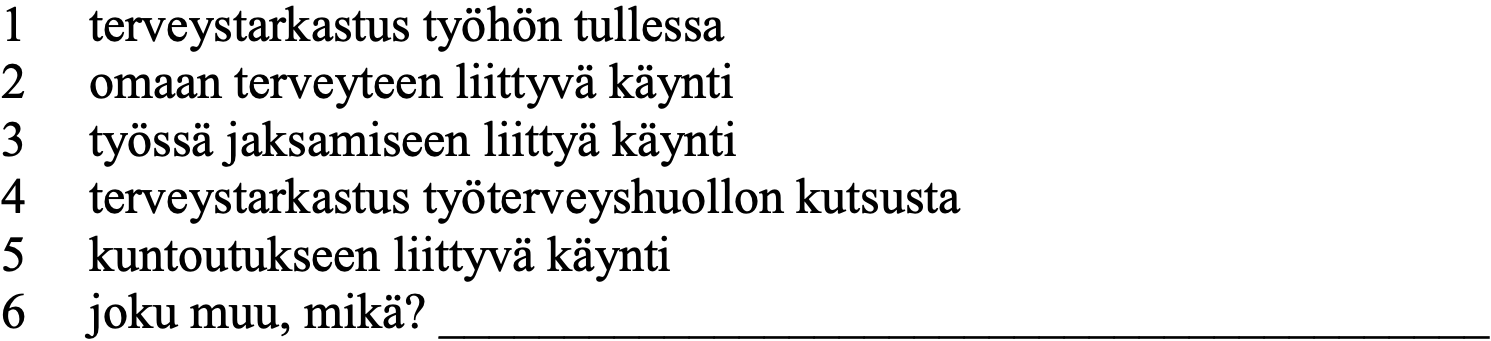
1  terveystarkastus työhön tullessa 2  omaan terveyteen liittyvä käynti 3  työssä jaksamiseen liittyä käynti 4  terveystarkastus työterveyshuollon kutsusta 5  kuntoutukseen liittyvä käynti 6  joku muu, mikä? __________________________________________